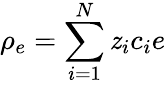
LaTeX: \rho_{e}=\sum_{i=1}^{N}\mathit{z}_{i}c_{i}e